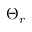
\Theta _ { r }